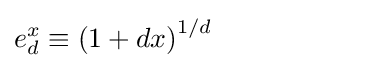
e_{d}^{x}\equiv \left(1+dx\right)^{1/d}\qquad \qquad \qquad